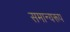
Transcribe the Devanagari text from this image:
समान्यरूप